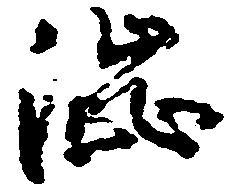
渋